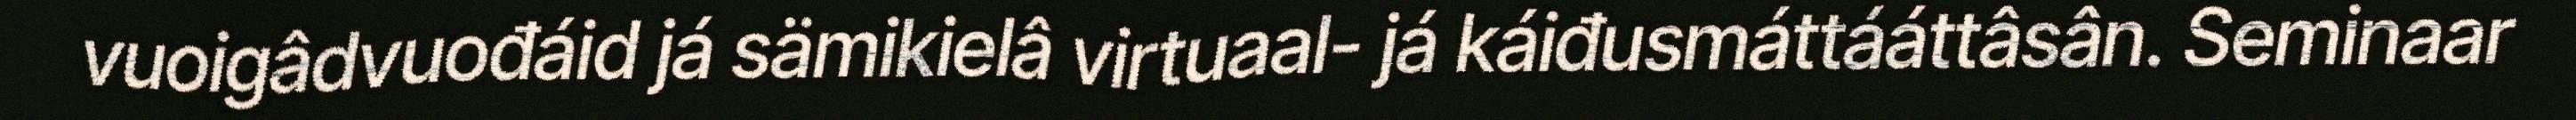
vuoigâdvuođáid já sämikielâ virtuaal- já káiđusmáttááttâsân. Seminaar